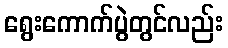
ရွေးကောက်ပွဲတွင်လည်း